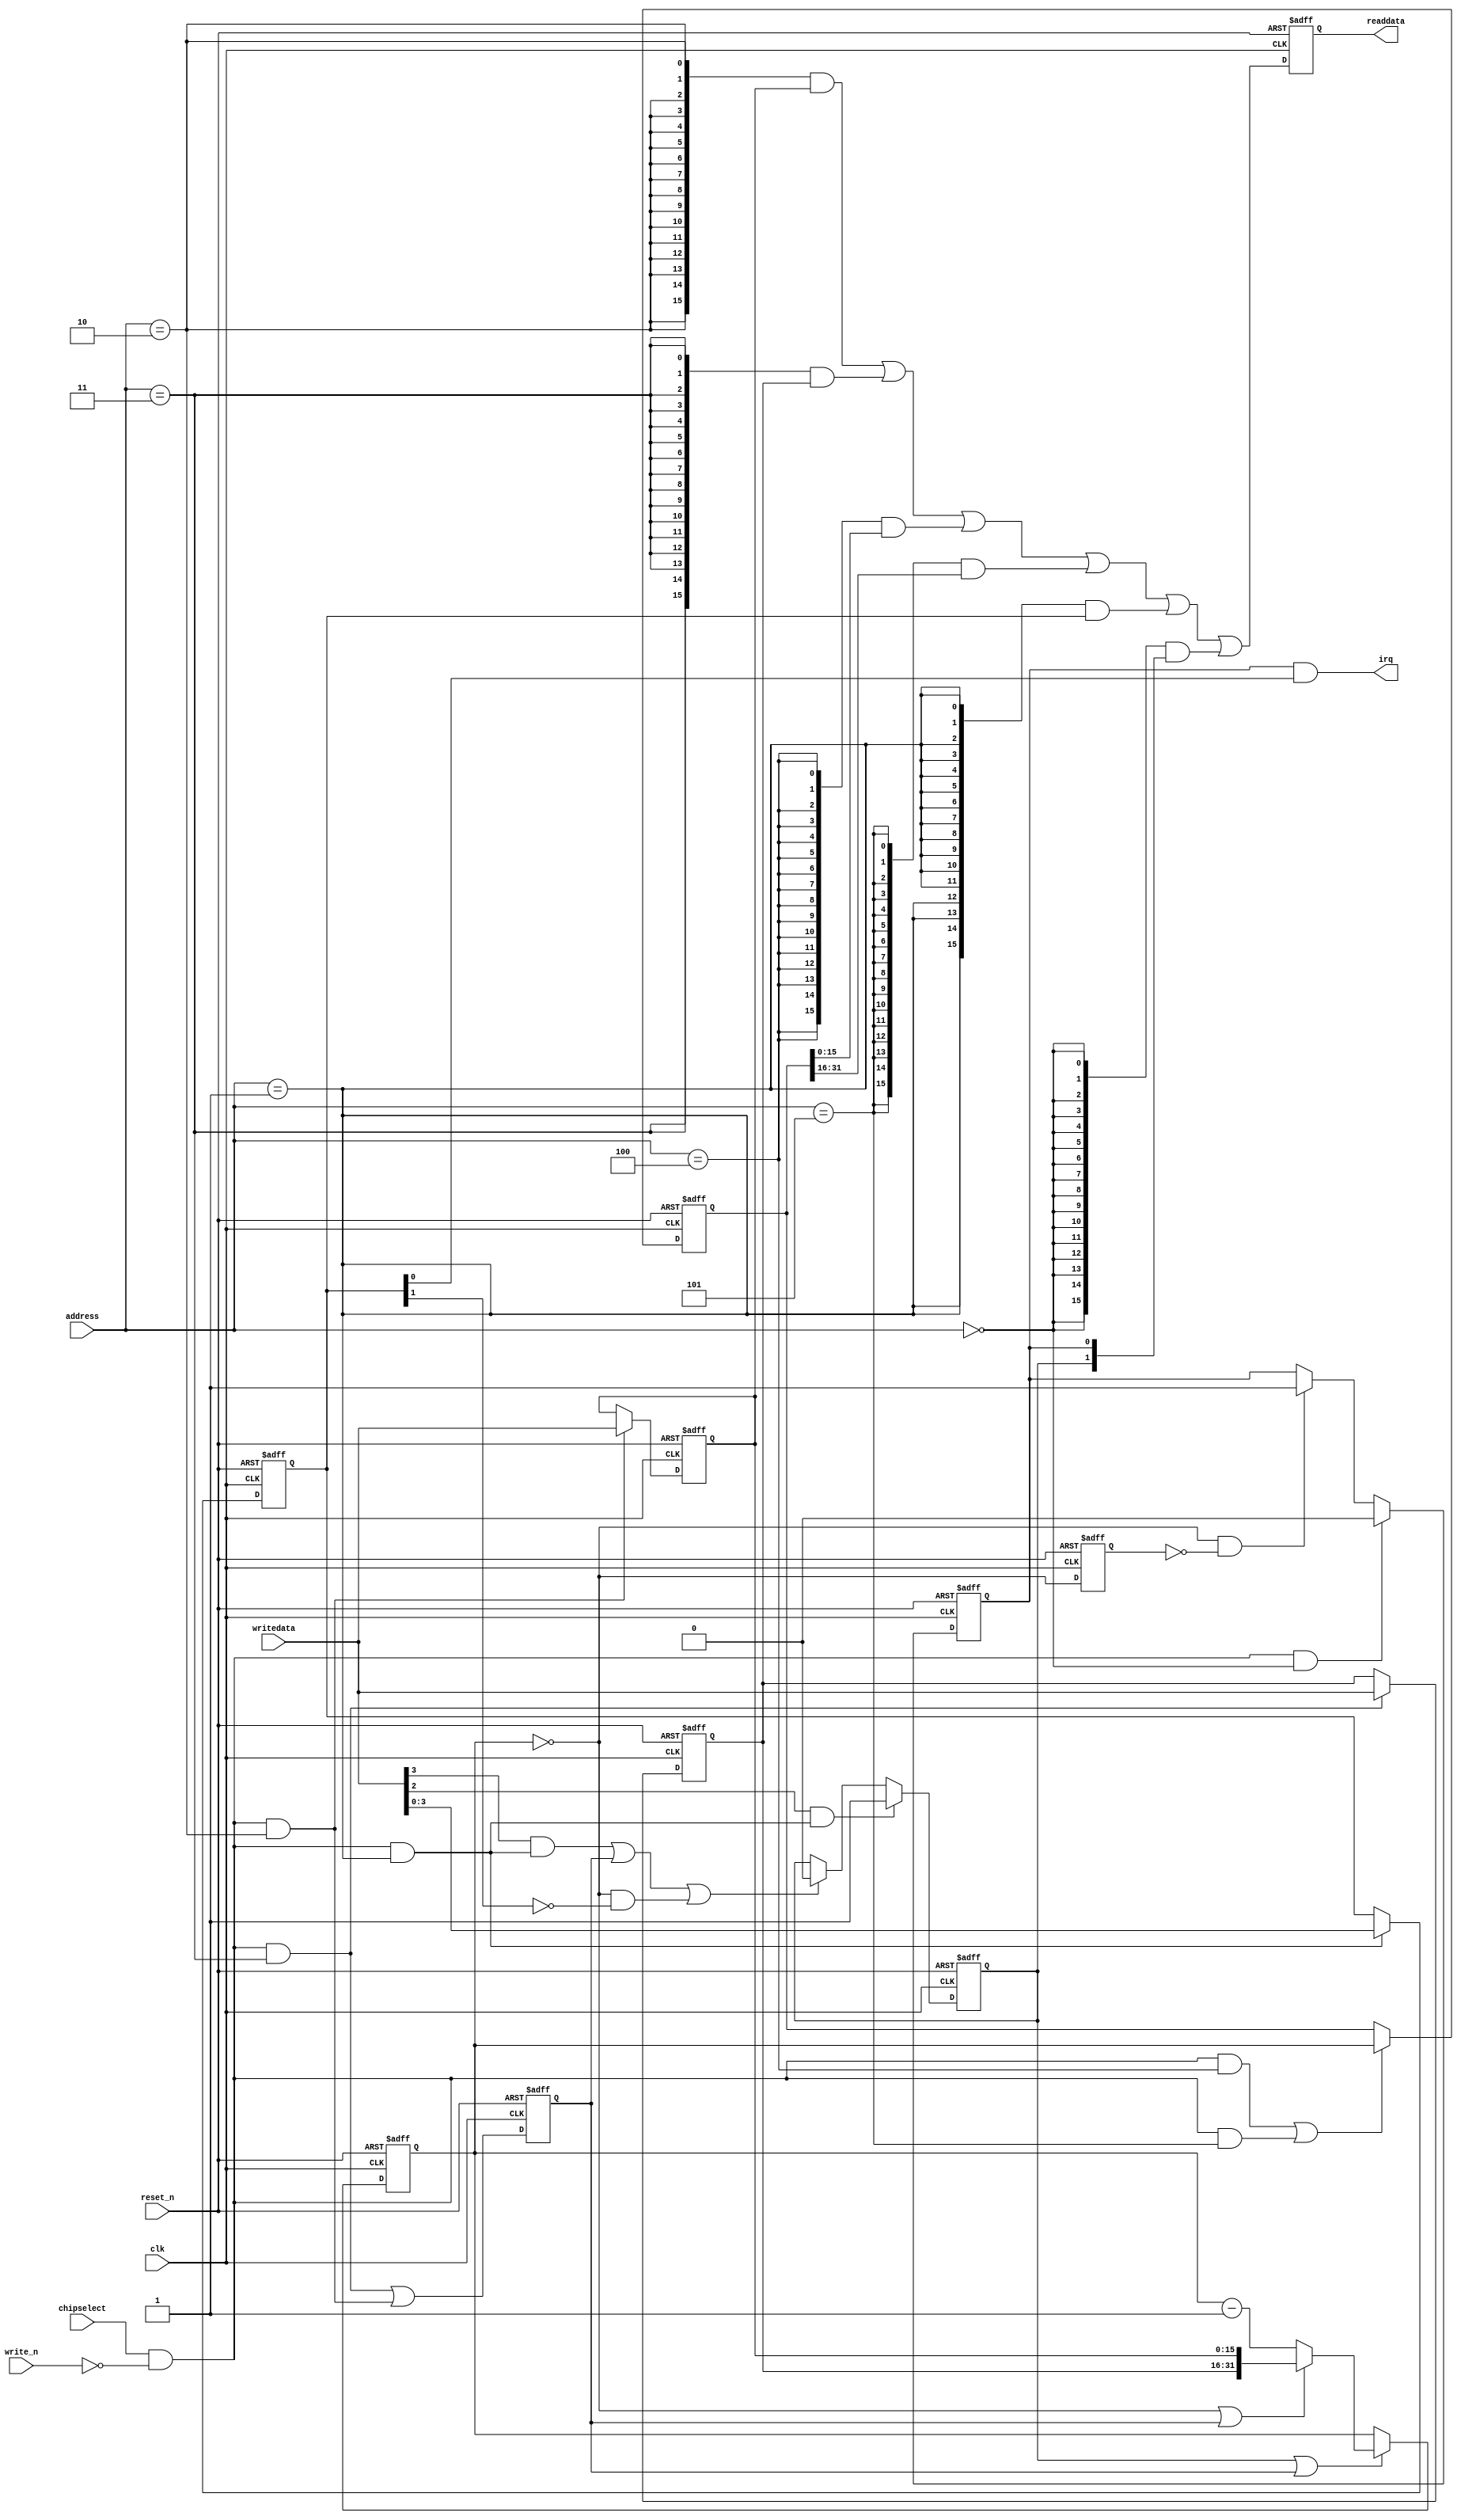
module nios_system_timer_0 (
                             // inputs:
                              address,
                              chipselect,
                              clk,
                              reset_n,
                              write_n,
                              writedata,

                             // outputs:
                              irq,
                              readdata
                           )
;

  output           irq;
  output  [ 15: 0] readdata;
  input   [  2: 0] address;
  input            chipselect;
  input            clk;
  input            reset_n;
  input            write_n;
  input   [ 15: 0] writedata;

  wire             clk_en;
  wire             control_continuous;
  wire             control_interrupt_enable;
  reg     [  3: 0] control_register;
  wire             control_wr_strobe;
  reg              counter_is_running;
  wire             counter_is_zero;
  wire    [ 31: 0] counter_load_value;
  reg     [ 31: 0] counter_snapshot;
  reg              delayed_unxcounter_is_zeroxx0;
  wire             do_start_counter;
  wire             do_stop_counter;
  reg              force_reload;
  reg     [ 31: 0] internal_counter;
  wire             irq;
  reg     [ 15: 0] period_h_register;
  wire             period_h_wr_strobe;
  reg     [ 15: 0] period_l_register;
  wire             period_l_wr_strobe;
  wire    [ 15: 0] read_mux_out;
  reg     [ 15: 0] readdata;
  wire             snap_h_wr_strobe;
  wire             snap_l_wr_strobe;
  wire    [ 31: 0] snap_read_value;
  wire             snap_strobe;
  wire             start_strobe;
  wire             status_wr_strobe;
  wire             stop_strobe;
  wire             timeout_event;
  reg              timeout_occurred;
  assign clk_en = 1;
  always @(posedge clk or negedge reset_n)
    begin
      if (reset_n == 0)
          internal_counter <= 32'hC34F;
      else if (counter_is_running || force_reload)
          if (counter_is_zero    || force_reload)
              internal_counter <= counter_load_value;
          else 
            internal_counter <= internal_counter - 1;
    end


  assign counter_is_zero = internal_counter == 0;
  assign counter_load_value = {period_h_register,
    period_l_register};

  always @(posedge clk or negedge reset_n)
    begin
      if (reset_n == 0)
          force_reload <= 0;
      else if (clk_en)
          force_reload <= period_h_wr_strobe || period_l_wr_strobe;
    end


  assign do_start_counter = start_strobe;
  assign do_stop_counter = (stop_strobe                            ) ||
    (force_reload                           ) ||
    (counter_is_zero && ~control_continuous );

  always @(posedge clk or negedge reset_n)
    begin
      if (reset_n == 0)
          counter_is_running <= 1'b0;
      else if (clk_en)
          if (do_start_counter)
              counter_is_running <= -1;
          else if (do_stop_counter)
              counter_is_running <= 0;
    end


  //delayed_unxcounter_is_zeroxx0, which is an e_register
  always @(posedge clk or negedge reset_n)
    begin
      if (reset_n == 0)
          delayed_unxcounter_is_zeroxx0 <= 0;
      else if (clk_en)
          delayed_unxcounter_is_zeroxx0 <= counter_is_zero;
    end


  assign timeout_event = (counter_is_zero) & ~(delayed_unxcounter_is_zeroxx0);
  always @(posedge clk or negedge reset_n)
    begin
      if (reset_n == 0)
          timeout_occurred <= 0;
      else if (clk_en)
          if (status_wr_strobe)
              timeout_occurred <= 0;
          else if (timeout_event)
              timeout_occurred <= -1;
    end


  assign irq = timeout_occurred && control_interrupt_enable;
  //s1, which is an e_avalon_slave
  assign read_mux_out = ({16 {(address == 2)}} & period_l_register) |
    ({16 {(address == 3)}} & period_h_register) |
    ({16 {(address == 4)}} & snap_read_value[15 : 0]) |
    ({16 {(address == 5)}} & snap_read_value[31 : 16]) |
    ({16 {(address == 1)}} & control_register) |
    ({16 {(address == 0)}} & {counter_is_running,
    timeout_occurred});

  always @(posedge clk or negedge reset_n)
    begin
      if (reset_n == 0)
          readdata <= 0;
      else if (clk_en)
          readdata <= read_mux_out;
    end


  assign period_l_wr_strobe = chipselect && ~write_n && (address == 2);
  assign period_h_wr_strobe = chipselect && ~write_n && (address == 3);
  always @(posedge clk or negedge reset_n)
    begin
      if (reset_n == 0)
          period_l_register <= 49999;
      else if (period_l_wr_strobe)
          period_l_register <= writedata;
    end


  always @(posedge clk or negedge reset_n)
    begin
      if (reset_n == 0)
          period_h_register <= 0;
      else if (period_h_wr_strobe)
          period_h_register <= writedata;
    end


  assign snap_l_wr_strobe = chipselect && ~write_n && (address == 4);
  assign snap_h_wr_strobe = chipselect && ~write_n && (address == 5);
  assign snap_strobe = snap_l_wr_strobe || snap_h_wr_strobe;
  always @(posedge clk or negedge reset_n)
    begin
      if (reset_n == 0)
          counter_snapshot <= 0;
      else if (snap_strobe)
          counter_snapshot <= internal_counter;
    end


  assign snap_read_value = counter_snapshot;
  assign control_wr_strobe = chipselect && ~write_n && (address == 1);
  always @(posedge clk or negedge reset_n)
    begin
      if (reset_n == 0)
          control_register <= 0;
      else if (control_wr_strobe)
          control_register <= writedata[3 : 0];
    end


  assign stop_strobe = writedata[3] && control_wr_strobe;
  assign start_strobe = writedata[2] && control_wr_strobe;
  assign control_continuous = control_register[1];
  assign control_interrupt_enable = control_register;
  assign status_wr_strobe = chipselect && ~write_n && (address == 0);

endmodule